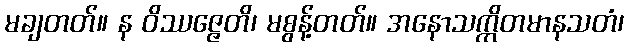
မချတတ်။ န ဝိဿဇ္ဇေတိ၊ မစွန့်တတ်။ အနောသက္ကိတမာနသတံ၊